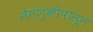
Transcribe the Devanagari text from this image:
नेमणुकीपासून